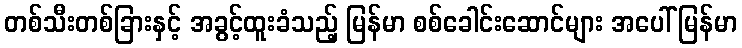
တစ်သီးတစ်ခြားနှင့် အခွင့်ထူးခံသည့် မြန်မာ စစ်ခေါင်းဆောင်များ အပေါ် မြန်မာ